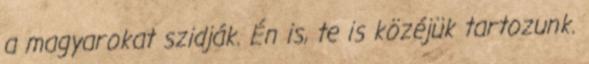
a magyarokat szidják. Én is, te is közéjük tartozunk.